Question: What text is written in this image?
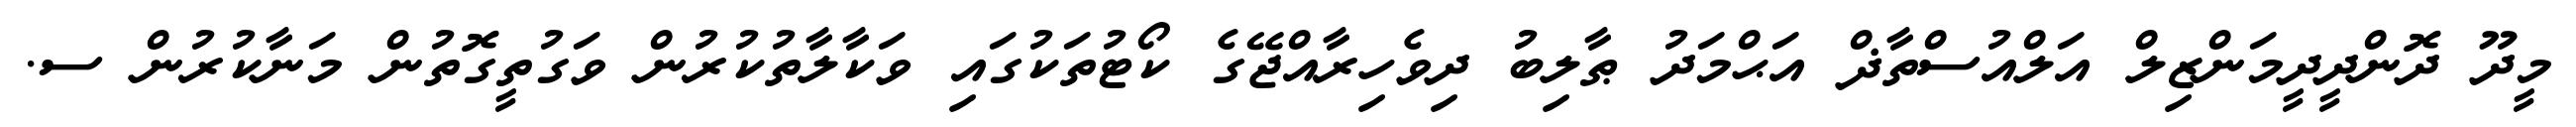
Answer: މީދޫ ދޮންދީދީމަންޒިލް އަލްއުސްތާޛް އަޙްމަދު ޠާލިބު ދިވެހިރާއްޖޭގެ ކޯޓުތަކުގައި ވަކާލާތުކުރުން ވަގުތީގޮތުން މަނާކުރުން ސ.